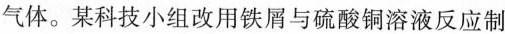
气体。某科技小组改用铁屑与硫酸铜溶液反应制